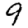
Digit: 9